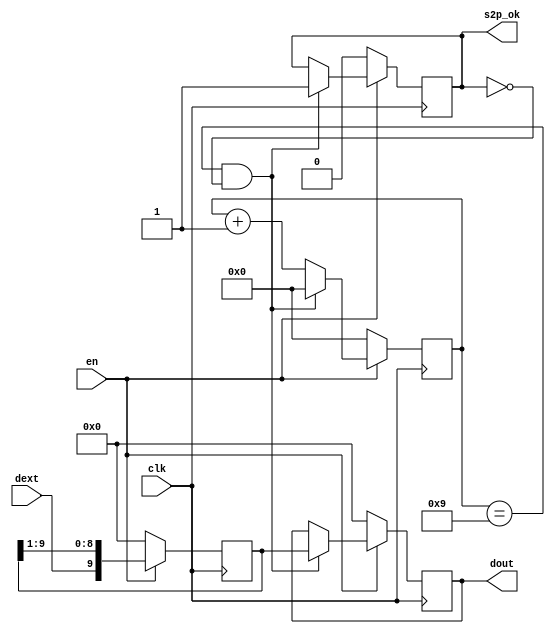
module s2p(
    clk,
    en,
    dext,

    dout,
    s2p_ok
);

parameter bit = 10;

input clk, en, dext;

output reg [bit - 1:0] dout;
output reg s2p_ok;

reg [bit - 1:0] q;
wire dext;

reg [3:0] count;

always @ (posedge clk) begin
    if (!en) begin
        q <= 0;
        count <= 0;
        s2p_ok <= 0;
        dout <= 0;
    end
    else begin
        q <= {dext, q[bit - 1:1]};
        if (count == bit - 1 && !s2p_ok) begin
            count <= 0;
            s2p_ok <= 1;
            dout <= q;
        end
        else begin
            count <= count + 1'b1;
            dout <= dout;
        end
    end
end

endmodule